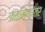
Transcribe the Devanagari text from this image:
जवनिकांतर